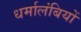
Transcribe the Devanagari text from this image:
धर्मालंबियों